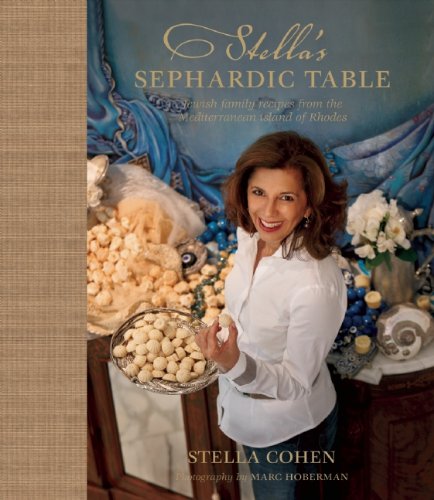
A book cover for Stella's Sephardic Table: Jewish family recipes from the Mediterranean island of Rhodes; Stella Cohen; Cookbooks, Food & Wine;